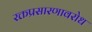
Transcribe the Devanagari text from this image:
रक्तप्रसारणावरोध